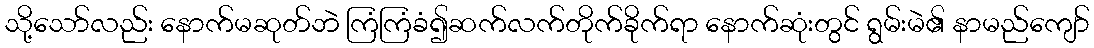
သို့သော်လည်း နောက်မဆုတ်ဘဲ ကြံကြံခံ၍ဆက်လက်တိုက်ခိုက်ရာ နောက်ဆုံးတွင် ရွမ်းမဲ၏ နာမည်ကျော်